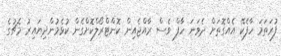
ފުރަތަމަ ހާފެކޭ އެއްގޮތަށް ދެވަނަ ހާފް ވެސް ރާއްޖެއިން ކޮންޓްރޯލްކޮށްގެން ކުޅެމުންދިޔައިރު މެޗުގެ